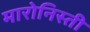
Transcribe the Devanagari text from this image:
मारोनिस्ती